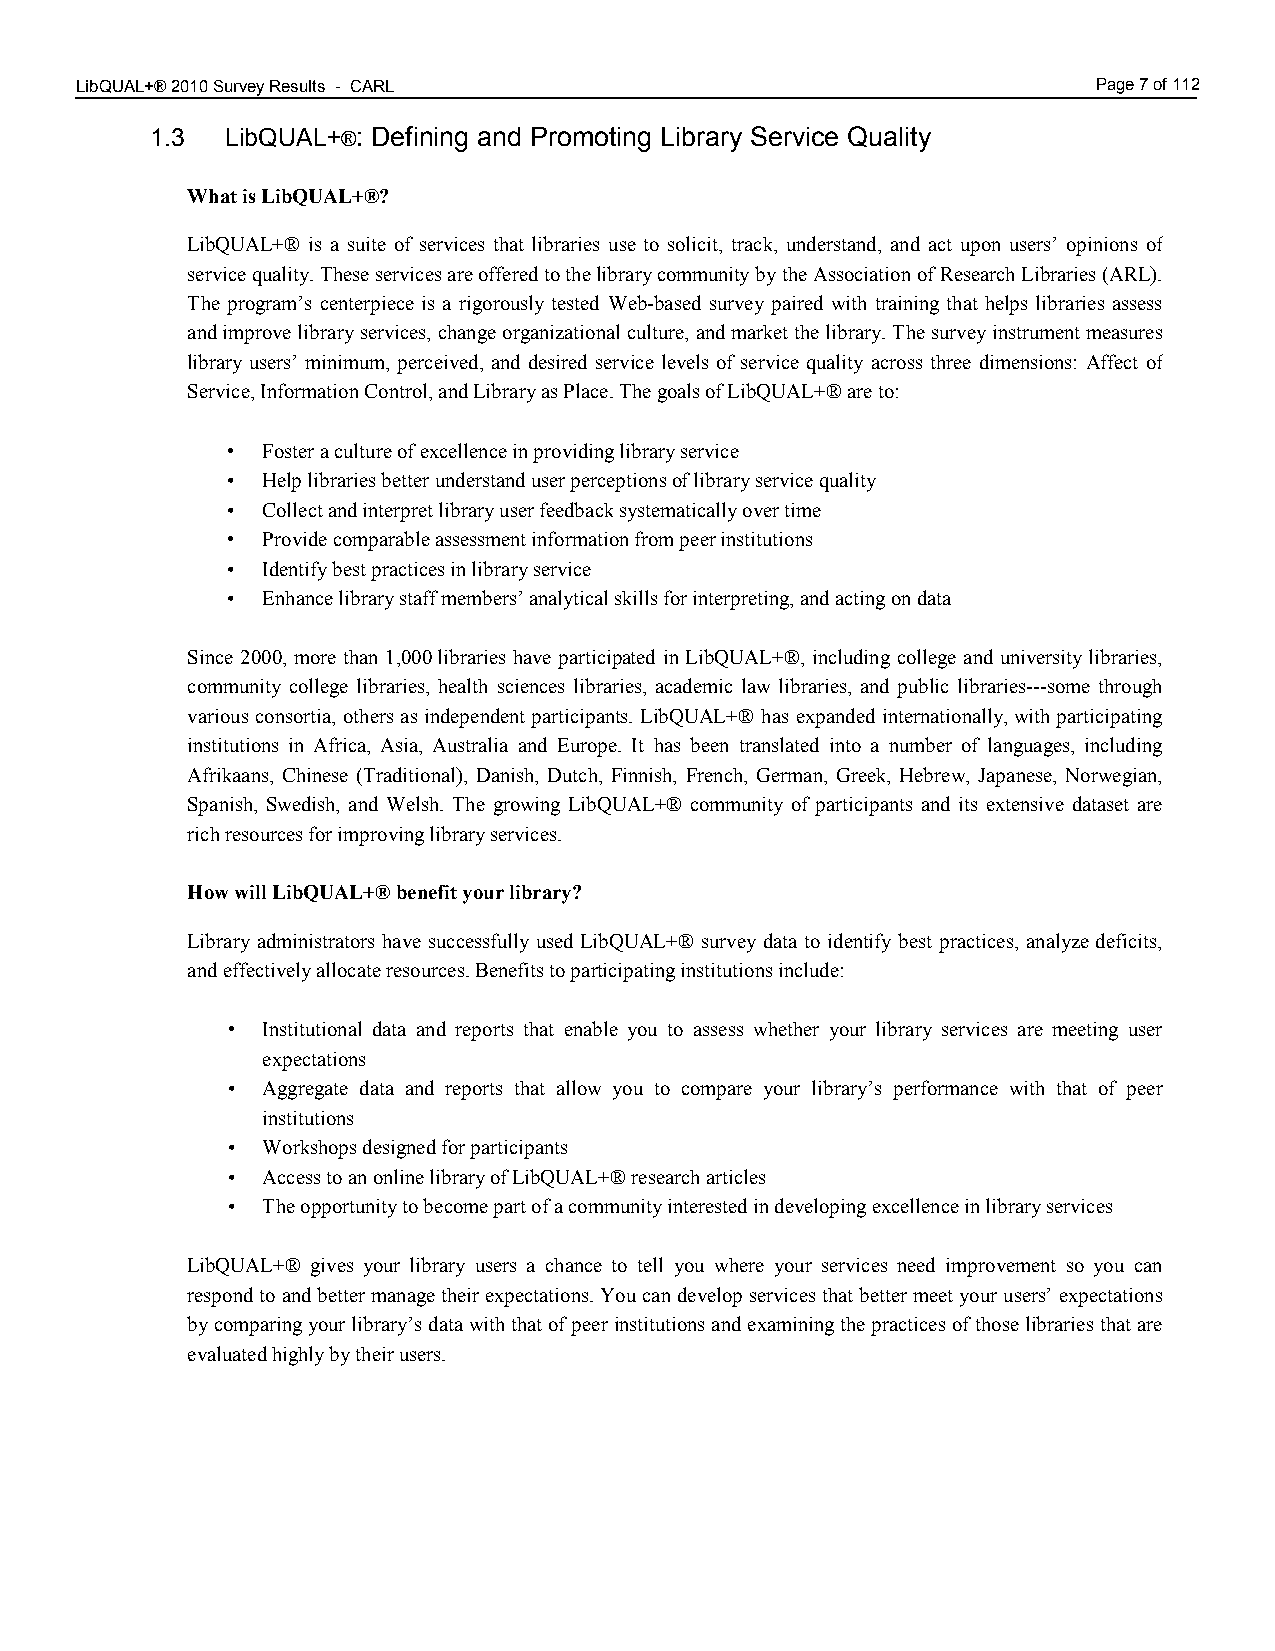
LibQUAL+® 2010 Survey Results - CARL 1.00                           Page 7 of 112
 1.3  LibQUAL+®: Defining and Promoting Library Service Quality
 What is LibQUAL+®?
 LibQUAL+® is a suite of services that libraries use to solicit, track, understand, and act upon users’ opinions of
 service quality. These services are offered to the library community by the Association of Research Libraries (ARL).
 The program’s centerpiece is a rigorously tested Web-based survey paired with training that helps libraries assess
 and improve library services, change organizational culture, and market the library. The survey instrument measures
 library users’ minimum, perceived, and desired service levels of service quality across three dimensions: Affect of
 Service, Information Control, and Library as Place. The goals of LibQUAL+® are to:
 • Foster a culture of excellence in providing library service
 • Help libraries better understand user perceptions of library service quality
 • Collect and interpret library user feedback systematically over time
 • Provide comparable assessment information from peer institutions
 • Identify best practices in library service
 • Enhance library staff members’ analytical skills for interpreting, and acting on data
 Since 2000, more than 1,000 libraries have participated in LibQUAL+®, including college and university libraries,
 community college libraries, health sciences libraries, academic law libraries, and public libraries---some through
 various consortia, others as independent participants. LibQUAL+® has expanded internationally, with participating
 institutions in Africa, Asia, Australia and Europe. It has been translated into a number of languages, including
 Afrikaans, Chinese (Traditional), Danish, Dutch, Finnish, French, German, Greek, Hebrew, Japanese, Norwegian,
 Spanish, Swedish, and Welsh. The growing LibQUAL+® community of participants and its extensive dataset are
 rich resources for improving library services.
 How will LibQUAL+® benefit your library?
 Library administrators have successfully used LibQUAL+® survey data to identify best practices, analyze deficits,
 and effectively allocate resources. Benefits to participating institutions include:
 • Institutional data and reports that enable you to assess whether your library services are meeting user
 expectations
 • Aggregate data and reports that allow you to compare your library’s performance with that of peer
 institutions
 • Workshops designed for participants
 • Access to an online library of LibQUAL+® research articles
 • The opportunity to become part of a community interested in developing excellence in library services
 LibQUAL+® gives your library users a chance to tell you where your services need improvement so you can
 respond to and better manage their expectations. You can develop services that better meet your users’ expectations
 by comparing your library’s data with that of peer institutions and examining the practices of those libraries that are
 evaluated highly by their users.